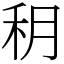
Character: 䄴